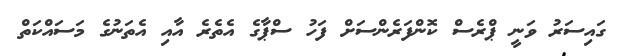
ގައިސަރު ވަނީ ޕްރެސް ކޮންފަރެންސަށް ފަހު ސްޕާގެ އެތެރެ އާއި އެތަނުގެ މަސައްކަތް